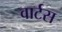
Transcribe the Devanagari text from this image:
वार्टस